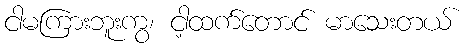
ငါမကြားဘူးကွ၊ ငါ့ထက်တောင် မာသေးတယ်